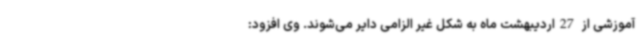
آموزشی از 27اردیبهشت ماه به شکل غیر الزامی دایر می‌شوند. وی افزود: